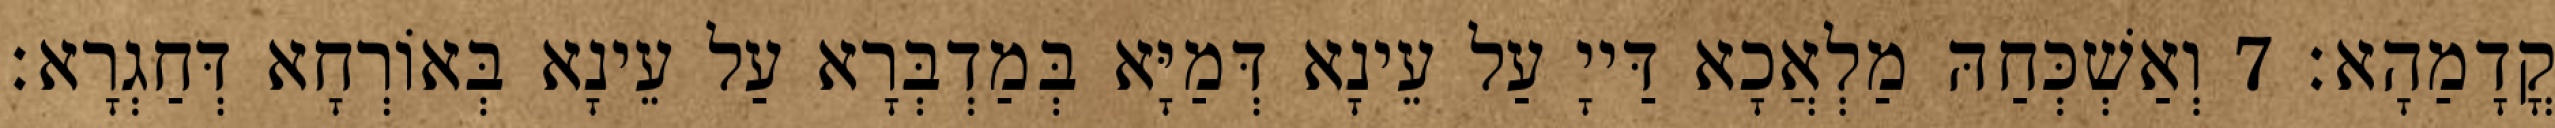
קֳדָמַהָא׃ 7 וְאַשְׁכְּחַהּ מַלְאֲכָא דַּייָ עַל עֵינָא דְּמַיָּא בְּמַדְבְּרָא עַל עֵינָא בְּאוֹרְחָא דְּחַגְרָא׃